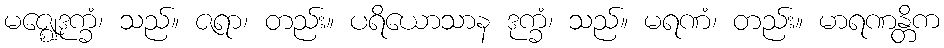
မဇ္ဈေဒုက္ခံ၊ သည်။ ဇရာ၊ တည်း။ ပရိယောသာန ဒုက္ခံ၊ သည်။ မရဏံ၊ တည်း။ မာရဏန္တိက